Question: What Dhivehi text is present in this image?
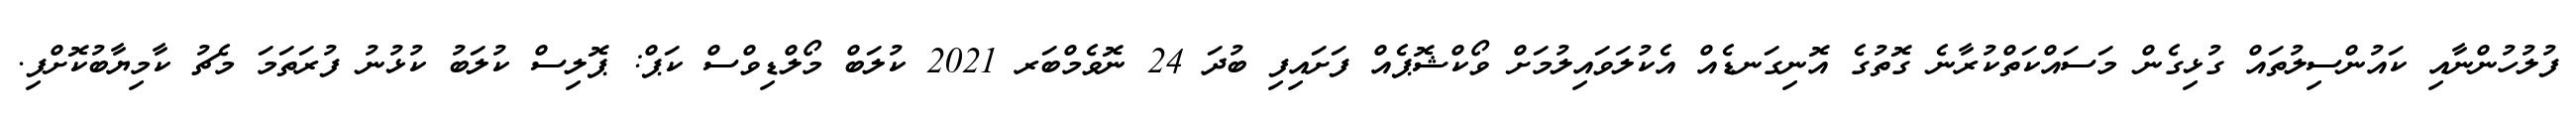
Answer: ފުލުހުންނާއި ކައުންސިލުތައް ގުޅިގެން މަސައްކަތްކުރާނެ ގޮތުގެ އޮނިގަނޑެއް އެކުލަވައިލުމަށް ވޯކްޝޮޕެއް ފަށައިފި ބުދަ 24 ނޮވެމްބަރ 2021 ކުލަބް މޯލްޑިވްސް ކަޕް: ޕޮލިސް ކުލަބު ކުޅުނު ފުރަތަމަ މެޗު ކާމިޔާބުކޮށްފި.